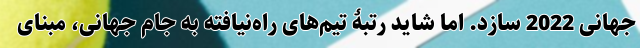
جهانی 2022 سازد. اما شاید رتبۀ تیم‌های راه‌نیافته به جام جهانی، مبنای